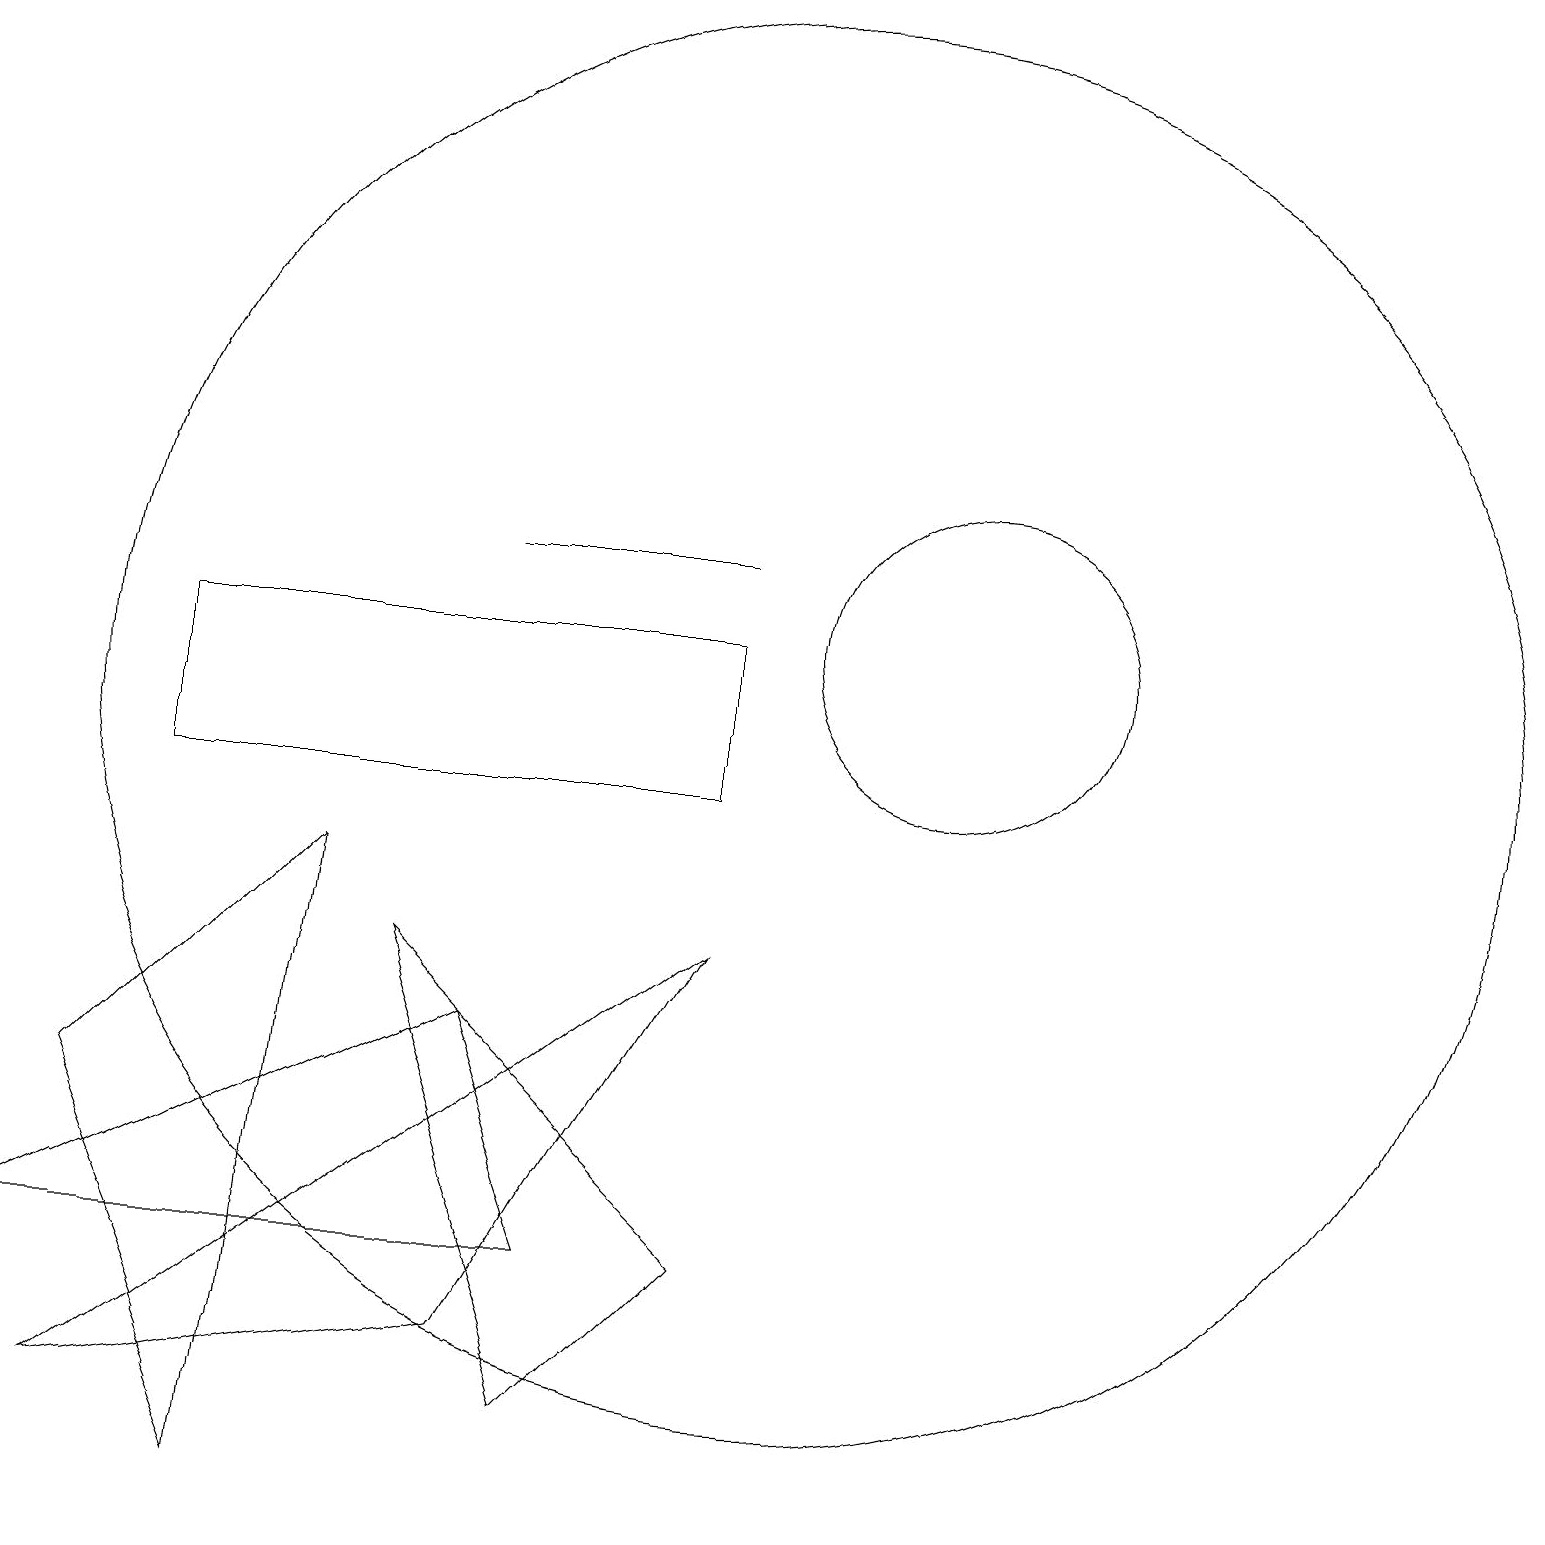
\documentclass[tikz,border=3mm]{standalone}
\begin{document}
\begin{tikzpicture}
\draw (12,12) circle (2);
\draw (7,4) -- (0,4) -- (6,7) -- cycle;
\draw (10,11) circle (9);
\draw (1,6) -- (3,1) -- (4,9) -- cycle;
\draw (9,13) rectangle (6,13);
\draw (9,12) rectangle (2,10);
\draw (7,2) -- (5,8) -- (9,4) -- cycle;
\draw (1,2) -- (6,3) -- (9,8) -- cycle;
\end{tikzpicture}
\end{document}